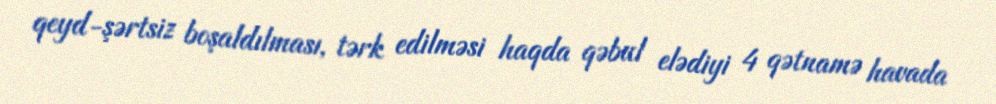
qeyd-şərtsiz boşaldılması, tərk edilməsi haqda qəbul elədiyi 4 qətnamə havada